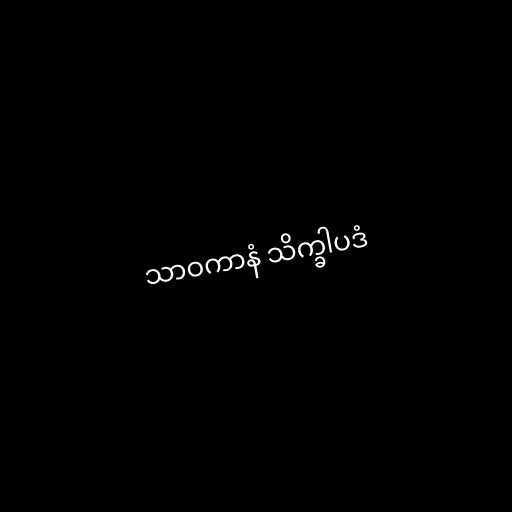
သာဝကာနံ သိက္ခါပဒံ